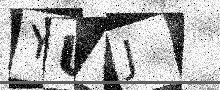
Text: YU7J